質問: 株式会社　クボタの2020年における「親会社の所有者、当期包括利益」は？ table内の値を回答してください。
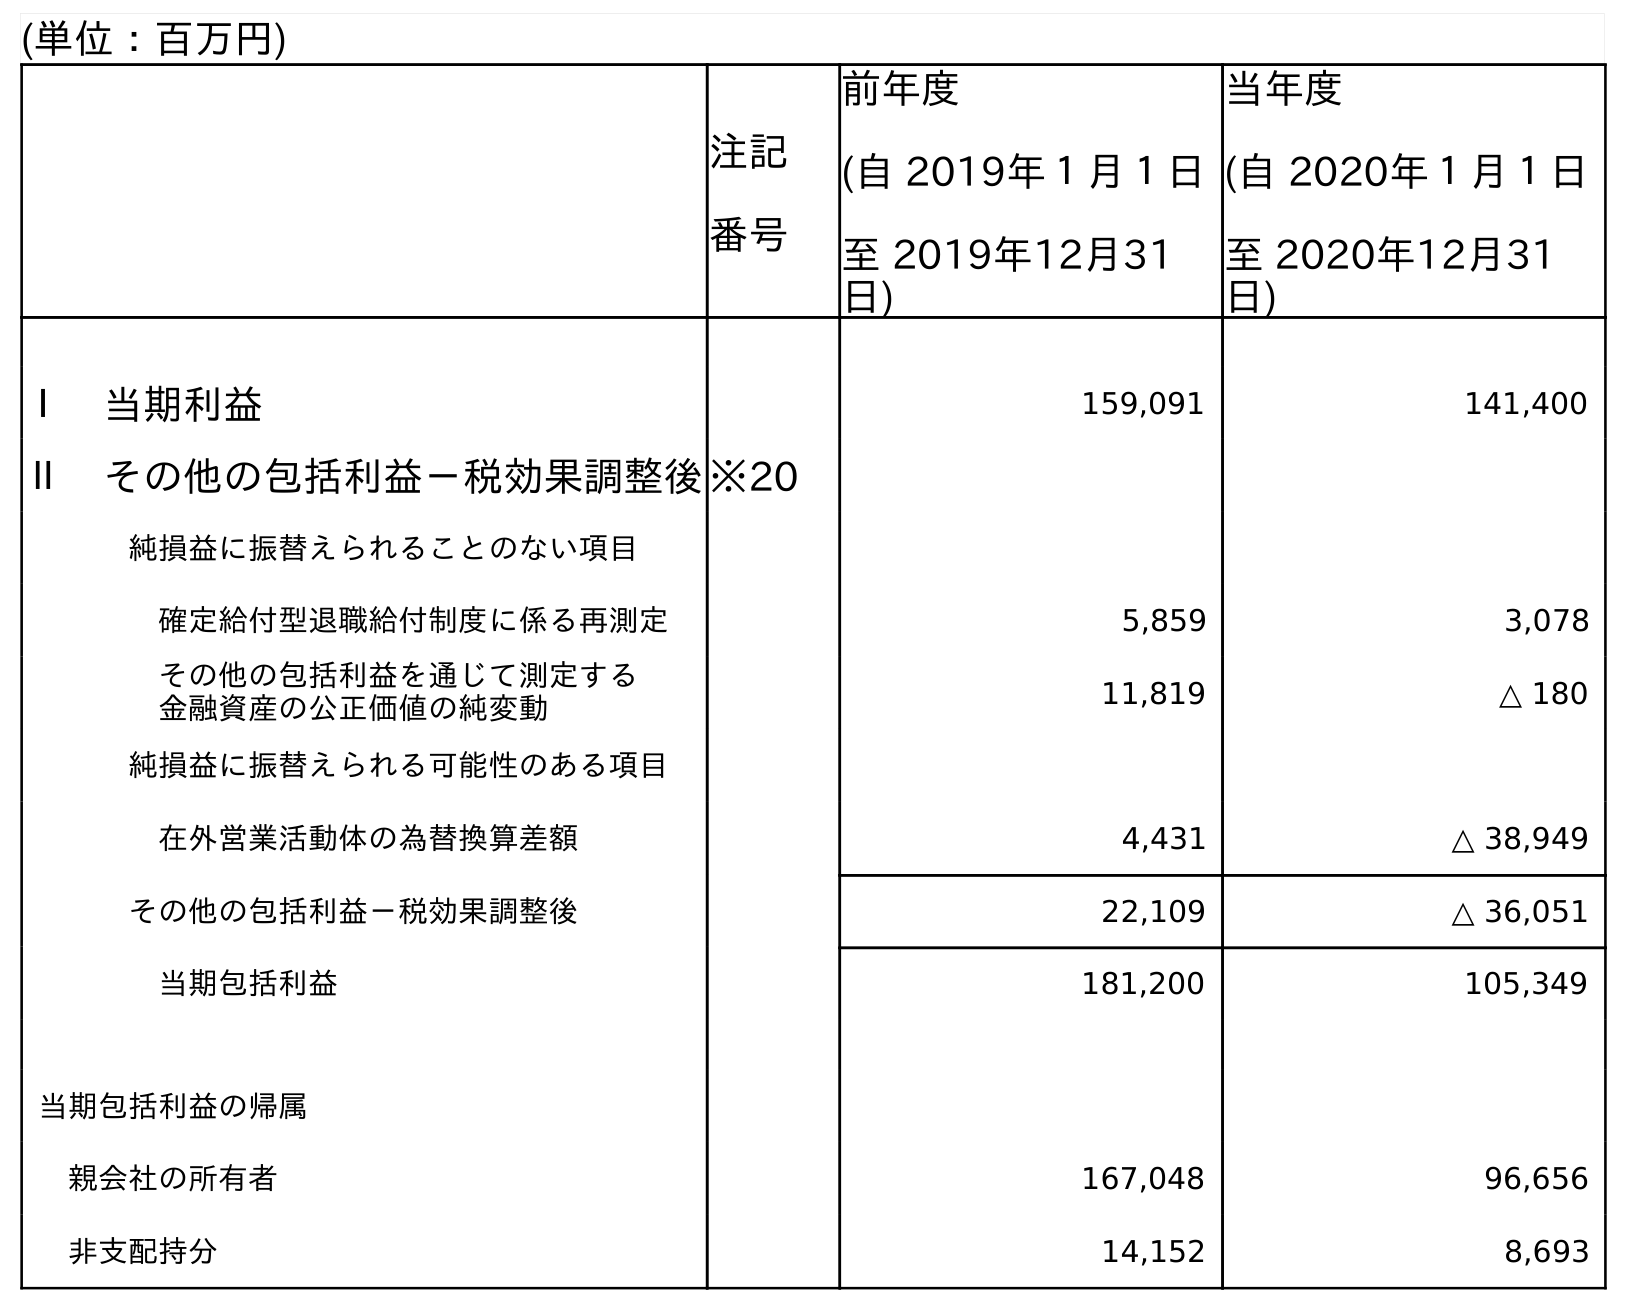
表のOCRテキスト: (単位：百万円) 注記 番号 前年度 (自 2019年１月１日 至 2019年12月31 日) 当年度 (自 2020年１月１日 至 2020年12月31 日) Ⅰ 当期利益 159,091 141,400 Ⅱ その他の包括利益－税効果調整後※20 純損益に振替えられることのない項目 確定給付型退職給付制度に係る再測定 5,859 3,078 その他の包括利益を通じて測定する 金融資産の公正価値の純変動 11,819 △ 180 純損益に振替えられる可能性のある項目 在外営業活動体の為替換算差額 4,431 △ 38,949 その他の包括利益－税効果調整後 22,109 △ 36,051 当期包括利益 181,200 105,349 当期包括利益の帰属 親会社の所有者 167,048 96,656 非支配持分 14,152 8,693
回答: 96,656